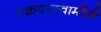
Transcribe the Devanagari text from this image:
चक्रधरस्वामींशी